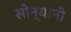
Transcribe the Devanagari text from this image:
सोन्यांनी